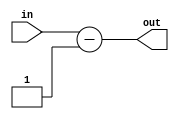
`timescale 1ns / 1ps

//////////////////////////////////////////////////////////////////////////////////


module substract(
        input [10:0] in,
        output [10:0] out
    );
    
    assign out=in-1;
endmodule